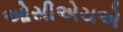
ઓસીએચએ